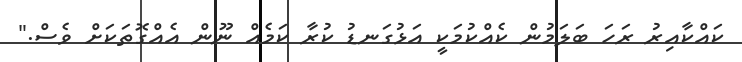
ކައްކާއިރު ރަހަ ބަލަމުން ކެއްކުމަކީ އަޅުގަނޑު ކުރާ ކަމެއް ނޫން އެއްގޮތަކަށް ވެސް."